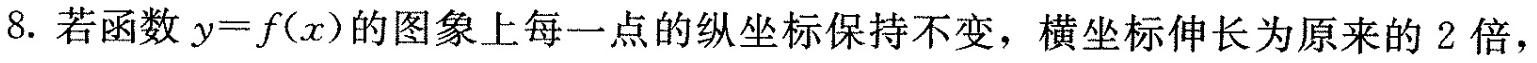
8.若函数 $$y = f ( x )$$ 的图象上每一点的纵坐标保持不变，横坐标伸长为原来的2倍，